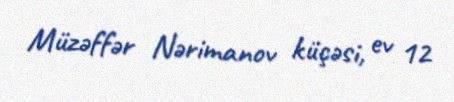
Müzəffər Nərimanov küçəsi, ev 12